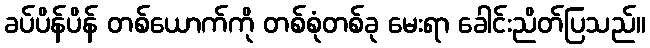
ခပ်ပိန်ပိန် တစ်ယောက်ကို တစ်စုံတစ်ခု မေးရာ ခေါင်းညိတ်ပြသည်။